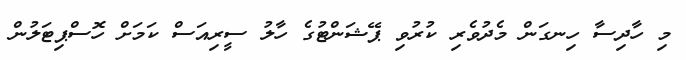
މި ހާދިސާ ހިނގަން މެދުވެރި ކުރުވި ޕޭޝަންޓުގެ ހާލު ސީރިއަސް ކަމަށް ހޮސްޕިޓަލުން